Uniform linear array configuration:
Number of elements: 32
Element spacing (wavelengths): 0.25
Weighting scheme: hamming
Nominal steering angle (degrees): -30
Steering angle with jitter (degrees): -30.274
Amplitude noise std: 0.05
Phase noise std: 0.05

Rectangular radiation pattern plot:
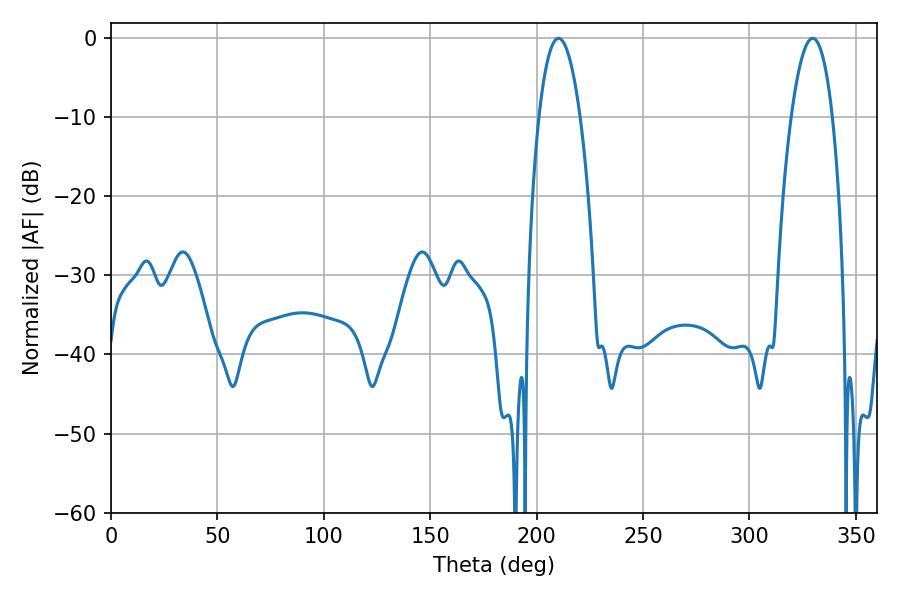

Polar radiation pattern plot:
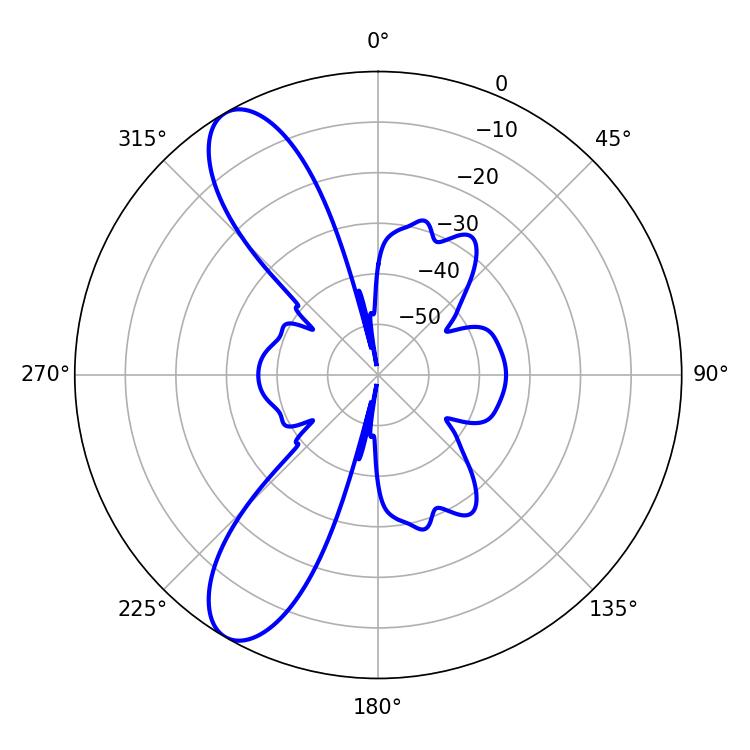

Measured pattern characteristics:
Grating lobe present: FALSE
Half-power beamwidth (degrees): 10.8
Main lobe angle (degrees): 210.24